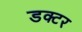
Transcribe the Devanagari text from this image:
डक्टर